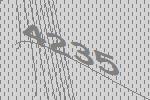
4235